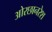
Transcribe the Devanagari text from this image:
ओरछानरेश